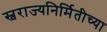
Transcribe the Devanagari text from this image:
स्वराज्यनिर्मितीच्या